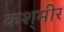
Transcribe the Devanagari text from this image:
कश्‌मीर